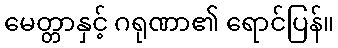
မေတ္တာနှင့် ဂရုဏာ၏ ရောင်ပြန်။